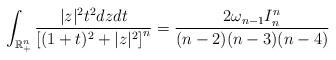
LaTeX: \begin{align*}\int_{\mathbb{R}_{+}^{n}}\frac{|z|^{2}t^{2}dzdt}{\left[(1+t)^{2}+|z|^{2}\right]^{n}}=\frac{2\omega_{n-1}I_{n}^{n}}{(n-2)(n-3)(n-4)}\end{align*}